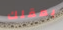
بعقلك